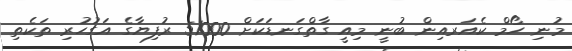
މުނި ހޯމް ކެއަރއިން ބުނީ މިއީ ގާތްގަނޑަކަށް 51000 ރުފިޔާގެ އަގުހުރި ތަކެތި